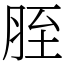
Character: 胵